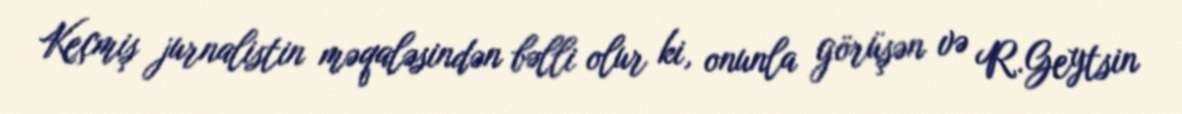
Keçmiş jurnalistin məqaləsindən bəlli olur ki, onunla görüşən və R.Geytsin